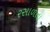
રસાળતા